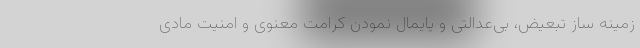
زمینه ساز تبعیض، بی‌عدالتی و پایمال نمودن کرامت معنوی و امنیت مادی